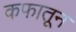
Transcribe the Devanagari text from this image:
कफातून